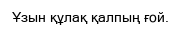
Ұзын құлақ қалпың ғой.